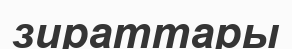
зираттары